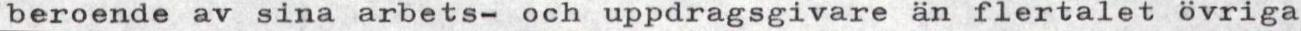
beroende av sina arbets- och uppdragsgivare än flertalet övriga